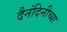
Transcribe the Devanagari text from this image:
दैनंदिनीच्या